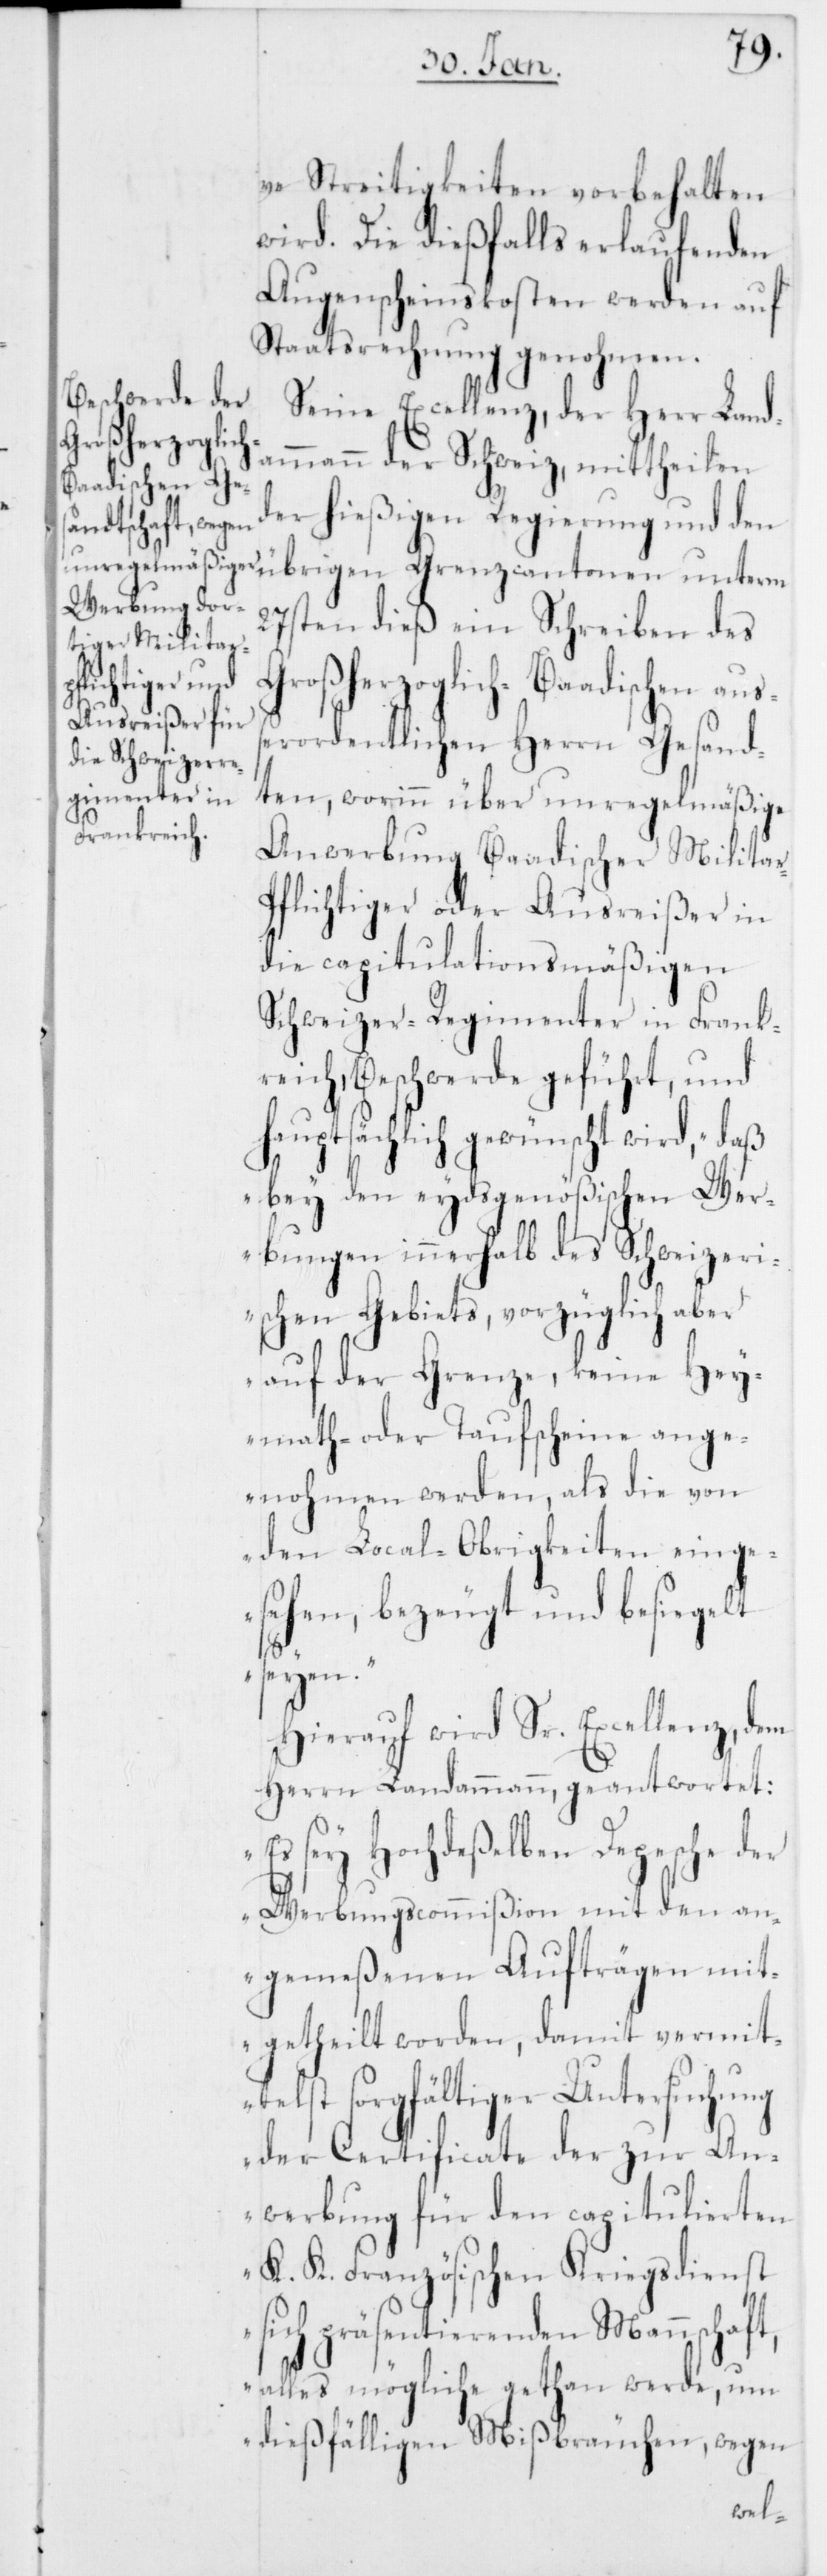
ve Streitigkeiten vorbehalten
wird. Die dießfalls erlaufenden
Augenscheinskosten werden auf
Staatsrechnung genohmen.
Seine Excellenz, der Herr Land¬
ammann der Schweiz, mittheilen
der hießigen Regierung und den
27sten dieß ein Schreiben des
Großherzoglich-Baadischen auß¬
erordentlichen Herrn Gesand¬
ten, worinn über unregelmäßige
Anwerbung Baadischer Milita¬
flichtiger oder Ausreißer in
die capitulationsmäßigen
Schweizer-Regimenter in Frank¬
reich, Beschwerde geführt, und
hauptsächlich gewünscht wird, „daß
bey den eydsgenößischen Wer¬
bungen innerhalb des Schweizeri¬
schen Gebiets, vorzüglich aber
auf der Grenze, keine Hey¬
math- oder Taufscheine ange¬
nohmen werden, als die von
den Local-Obrigkeiten einge¬
sehen, bezeugt und besiegelt
r-P¬
seyen.“
Hierauf wird Sr. Excellenz, dem
Herrn Landammann, geantwortet:
„Es sey Hochdeßelben Depesche der
Werbungscommißion mit den an¬
gemeßenen Aufträgen mit¬
getheilt worden, damit vermit¬
telst sorgfältiger Untersuchung
der Certificate der zur An¬
werbung für den capitulierten
K. K. Französischen Kriegsdienst
sich präsentierenden Mannschaft,
alles mögliche gethan werde, um
dießfälligen Mißbräuchen, wegen